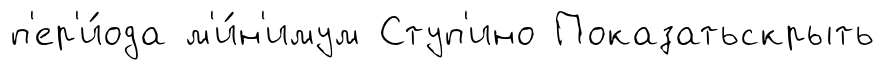
п'ер'и́ода м'и́н'имум Ступ'ино Показатьскрыть